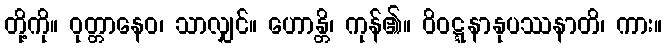
တို့ကို။ ဝုတ္တာနေဝ၊ သာလျှင်။ ဟောန္တိ၊ ကုန်၏။ ဝိဝဋ္ဋနာနုပဿနာတိ၊ ကား။